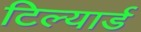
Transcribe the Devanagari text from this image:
टिल्यार्ड